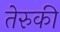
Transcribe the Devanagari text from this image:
तेरुकी